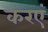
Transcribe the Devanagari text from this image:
करएं